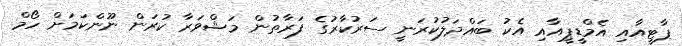
ޕާޓީއާއި އެމްޑީޕީއާއި އެކު ބައްދަލުކުރަނީ ސަރުކާރުގެ ފަރާތުން މަޝްވަރާ ކުރަން ނޫންކަމަށް ހޯމް